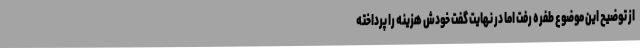
از توضیح این موضوع طفره رفت اما در نهایت گفت خودش هزینه را پرداخته